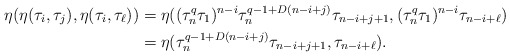
\begin{align*}\eta(\eta(\tau_i, \tau_j),\eta(\tau_i,\tau_\ell))&=\eta((\tau_n^q\tau_1)^{n-i} \tau_n^{q-1+D(n-i+j)} \tau_{n-i+j+1}, (\tau_n^q\tau_1)^{n-i}\tau_{n-i+\ell})\\&=\eta(\tau_n^{q-1+D(n-i+j)} \tau_{n-i+j+1}, \tau_{n-i+\ell}).\end{align*}